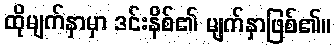
ထိုမျက်နှာမှာ ဒင်းနိစ်၏ မျက်နှာဖြစ်၏။